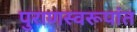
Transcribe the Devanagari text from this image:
पुराणस्वरूपांत